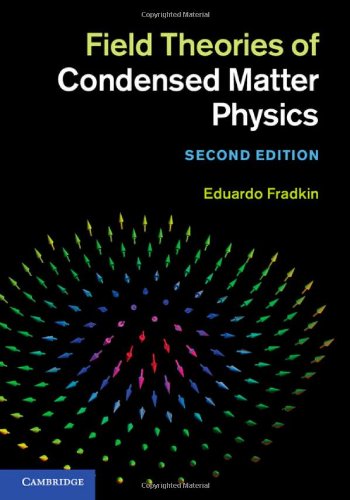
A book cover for Field Theories of Condensed Matter Physics; Eduardo Fradkin; Science & Math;